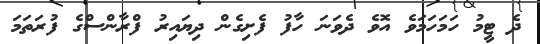
ދެ ޓީމު ހަމަހަމަވެ އޮވެ ދެވަނަ ހާފު ފެށިގެން ދިޔައިރު ފްރާންސްގެ ފުރަތަމަ